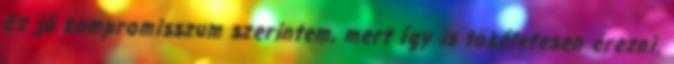
Ez jó kompromisszum szerintem, mert így is tökéletesen érezni.